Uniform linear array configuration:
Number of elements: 32
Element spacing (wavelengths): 0.5
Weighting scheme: cosine
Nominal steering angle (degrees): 30
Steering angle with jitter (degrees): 29.809
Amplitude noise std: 0.05
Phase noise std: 0.05

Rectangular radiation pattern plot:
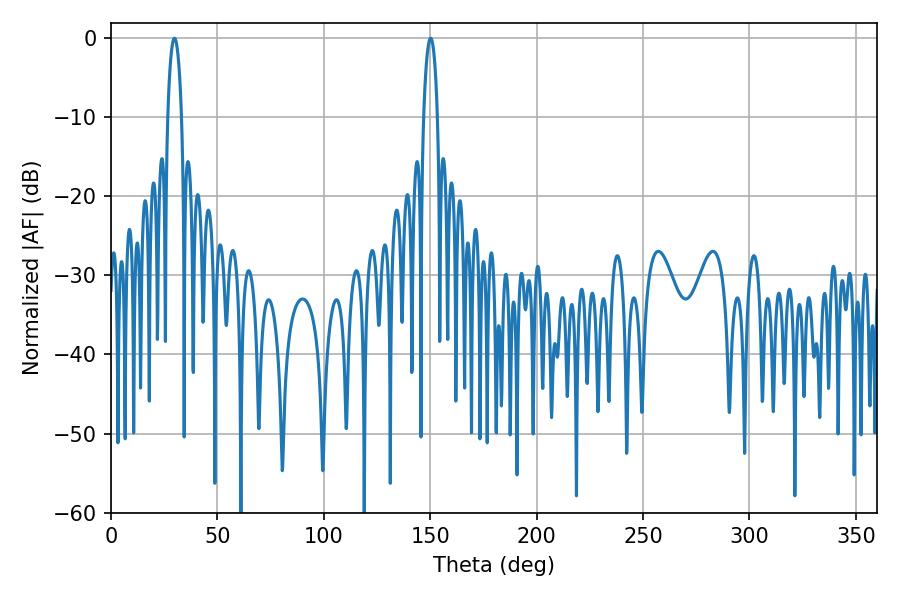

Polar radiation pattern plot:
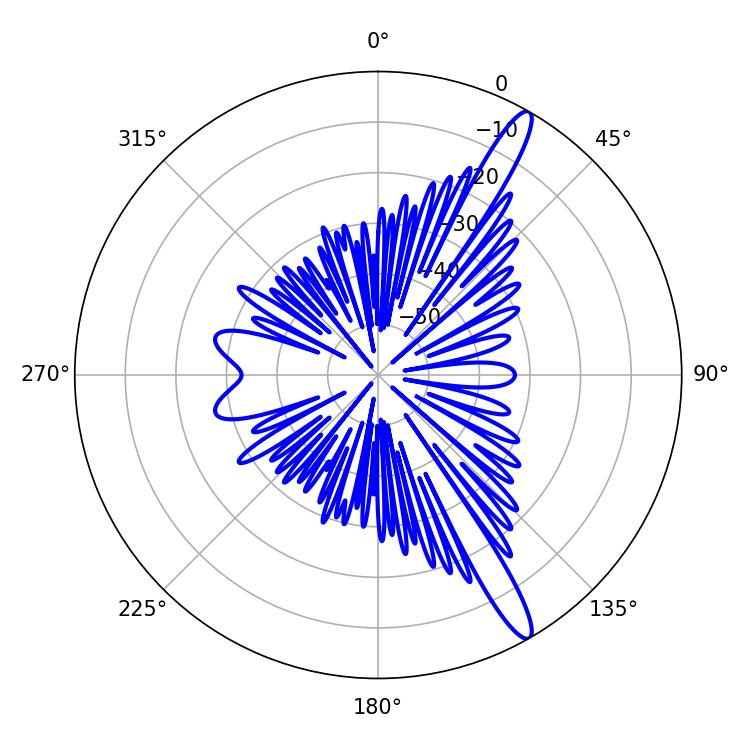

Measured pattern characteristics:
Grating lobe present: FALSE
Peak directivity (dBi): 14.486
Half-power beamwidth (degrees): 3.6
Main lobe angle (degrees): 29.88